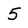
Character: 5